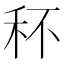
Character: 𥝣